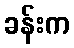
ခန်းက